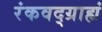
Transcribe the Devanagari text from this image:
रंकवद्ग्राह्यं